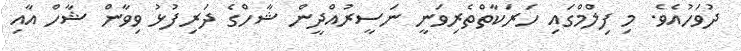
ދުވަހުއެވެ. މި ފިލްމްގައި ހަރަކާތްތެރިވަނީ ނަސީރުއްދީން ޝާހްގެ ދަރިފުޅު ވިވާން ޝާހް އާއި